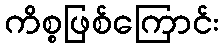
ကိစ္စဖြစ်ကြောင်း